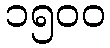
၁၅၀၀